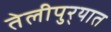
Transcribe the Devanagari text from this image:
तेलीपुर्‍यात